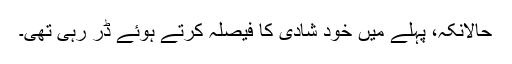
حالانکہ، پہلے میں خود شادی کا فیصلہ کرتے ہوئے ڈر رہی تھی۔